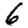
Digit: 6